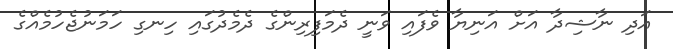
އަދި ނާޝިދާ އަށް އަނިޔާ ވެފައި ވަނީ ދެމަފިރިންގެ ދެމެދުގައި ހިނގި ހަމަނުޖެހުމެއްގެ